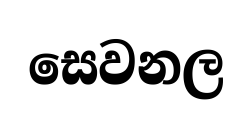
සෙවනල